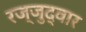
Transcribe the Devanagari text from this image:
रज्जुद्वार